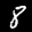
Label: 8